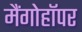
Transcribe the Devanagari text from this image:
मैंगोहॉपर